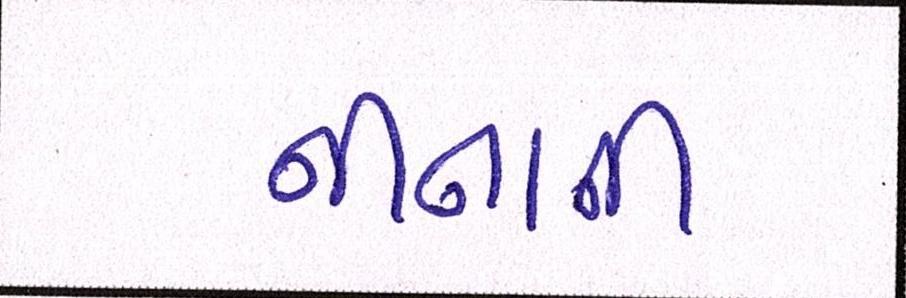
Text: નીનાની